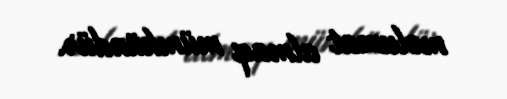
məlumat almaq mümkündür.